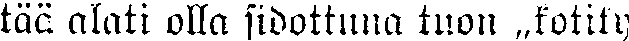
tää alati olla sidottuna tuon „kotiky